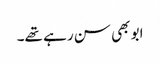
ابو بھی سن رہے تھے۔